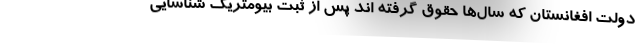
دولت افغانستان که سال‌ها حقوق گرفته اند پس از ثبت بیومتریک شناسایی